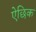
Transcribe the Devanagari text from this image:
ऐछिक